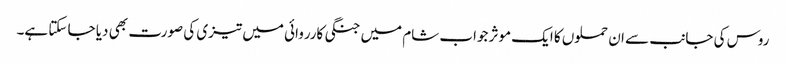
روس کی جانب سے ان حملوں کا ایک موثر جواب شام میں جنگی کارروائی میں تیزی کی صورت بھی دیا جا سکتا ہے۔